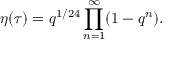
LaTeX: \eta ( \tau ) = q ^ { 1 / 2 4 } \prod _ { n = 1 } ^ { \infty } ( 1 - q ^ { n } ) .